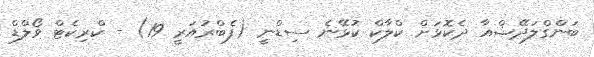
ބަންގްލަދޭޝްއާ ދެކޮޅަށް ކްލާކް ކުޅޭނެ ސިޑްނީ (ފެބްރުއަރީ 19) - ކްރިކެޓް ވޯލްޑް